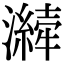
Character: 𤂁